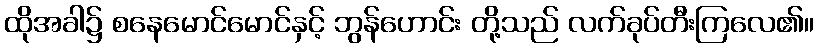
ထိုအခါ၌ စနေမောင်မောင်နှင့် ဘွန်ဟောင်း တို့သည် လက်ခုပ်တီးကြလေ၏။